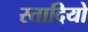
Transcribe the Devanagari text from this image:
स्तादियो